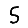
Digit: 5